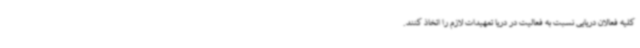
کلیه فعالان دریایی نسبت به فعالیت در دریا تمهیدات لازم را اتخاذ کنند.